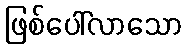
ဖြစ်ပေါ်လာသော